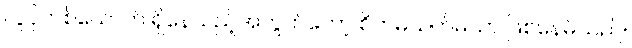
လူပိုတစ်ယောက် ရှိနေသည့်အတွက်တော့ စိတ်မသက်မသာ ဖြစ်နေမိသည်။